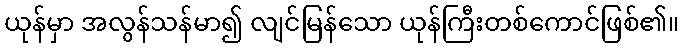
ယုန်မှာ အလွန်သန်မာ၍ လျင်မြန်သော ယုန်ကြီးတစ်ကောင်ဖြစ်၏။